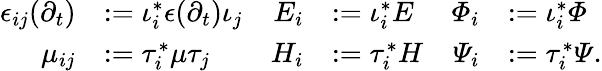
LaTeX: \begin{array}{rlrlrl}{\epsilon_{ij}(\partial_{t})}&{\mathrel{\mathop:}=\iota_{i}^{*}\epsilon(\partial_{t})\iota_{j}}&{E_{i}}&{\mathrel{\mathop:}=\iota_{i}^{*}E}&{\varPhi_{i}}&{\mathrel{\mathop:}=\iota_{i}^{*}\varPhi}\\ {\mu_{ij}}&{\mathrel{\mathop:}=\tau_{i}^{*}\mu\tau_{j}}&{H_{i}}&{\mathrel{\mathop:}=\tau_{i}^{*}H}&{\varPsi_{i}}&{\mathrel{\mathop:}=\tau_{i}^{*}\varPsi.}\end{array}